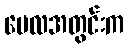
မေလအတွင်းက